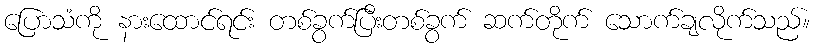
ပြောသံကို နားထောင်ရင်း တစ်ခွက်ပြီးတစ်ခွက် ဆက်တိုက် သောက်ချလိုက်သည်။